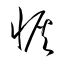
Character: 恢